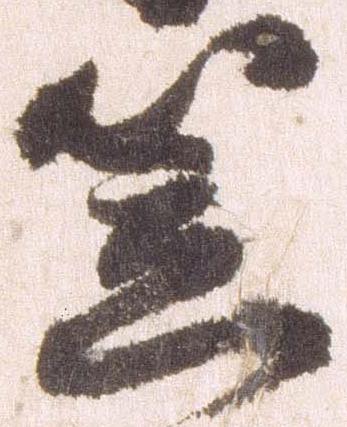
笠